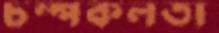
চম্পকলতা